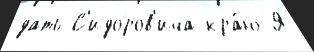
дать С'идоров'ича кра́ю Я